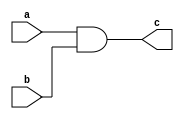
module and_gate(c,a,b);
output c;
input a,b;
wire x;
nand(x,a,b);
nand(c,x,x);
endmodule
module xor_gate(c,a,b);
output c;
input a,b;
wire x,y,l,m;
nand(x,a,a);
nand(y,b,b);
nand(l,x,b);
nand(m,y,a);
nand(c,l,m);
endmodule
module or_gate(c,a,b);
output c;
input a,b;
wire x,y;
nand(x,a,a);
nand(y,b,b);
nand(c,x,y);
endmodule
module halfadder(s,c,a,b);
output s,c;
input a,b;
and_gate and_gate1(c,a,b);
xor_gate xor_gate1(s,a,b);
endmodule

module four_bit_incremenator(s,c,a,b);
input [3:0]a,b;
output [3:0]s;
output c;
wire [2:0]x;
halfadder halfadder_1(s[0],x[0],a[0],1'b1);
halfadder halfadder_2(s[1],x[1],a[1],x[0]);
halfadder halfadder_3(s[2],x[2],a[2],x[1]);
halfadder halfadder_4(s[3],c,a[3],x[2]);
endmodule